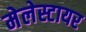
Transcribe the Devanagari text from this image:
मेलेस्टायर